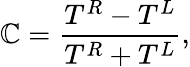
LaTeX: \mathbb{C}=\frac{{T^{R}-T^{L}}}{{T^{R}+T^{L}}},